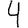
Digit: 4